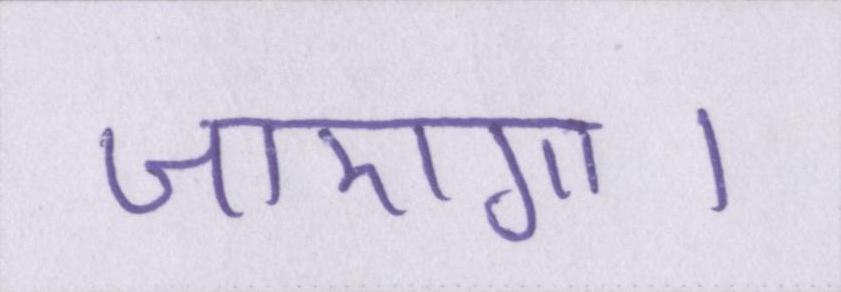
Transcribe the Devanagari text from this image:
जाएगा।